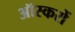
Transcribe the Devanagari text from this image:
ऑस्करों